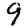
Digit: 9